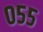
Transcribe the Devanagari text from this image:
०५५